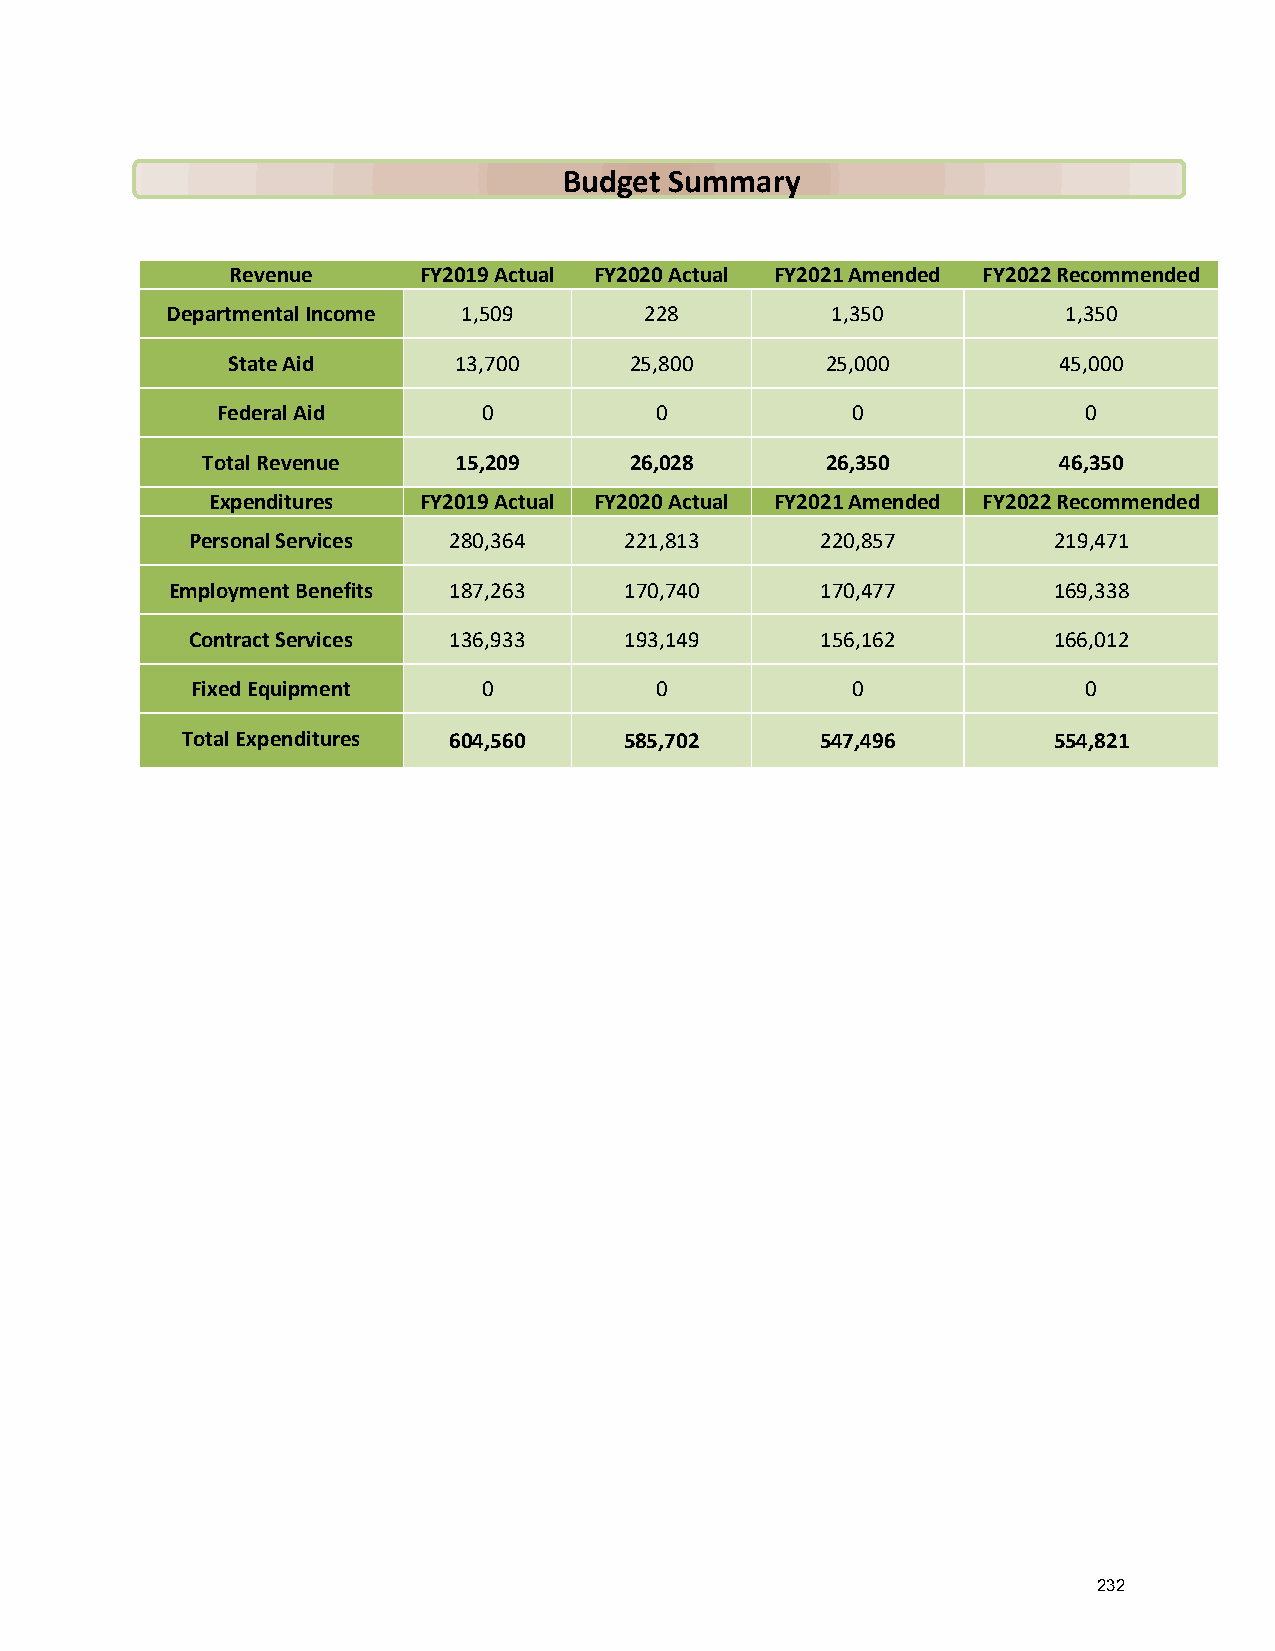
Budget Summary
 Revenue      FY2019 Actual FY2020 Actual FY2021 Amended FY2022 Recommended
 Departmental Income 1,509       228         1,350           1,350
 State Aid      13,700      25,800       25,000         45,000
 Federal Aid       0          0            0               0
 Total Revenue    15,209      26,028       26,350         46,350
 Expenditures  FY2019 Actual FY2020 Actual FY2021 Amended FY2022 Recommended
 Personal Services 280,364    221,813      220,857         219,471
 Employment Benefits 187,263   170,740      170,477         169,338
 Contract Services 136,933    193,149      156,162         166,012
 Fixed Equipment    0          0            0               0
 Total Expenditures 604,560   585,702      547,496         554,821
 232